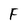
Character: F